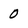
Character: 0